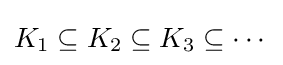
K_{1}\subseteq K_{2}\subseteq K_{3}\subseteq \cdots